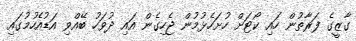
ގާޒީގެ ފަރާތުން ހައި ކޯޓަށް ހުށަހެޅުމުން ޖެހިގެން އައި ދުވަހު ބޭއްވި އަޑުއެހުމުގައި